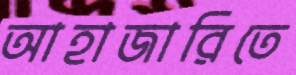
আহাজারিতে